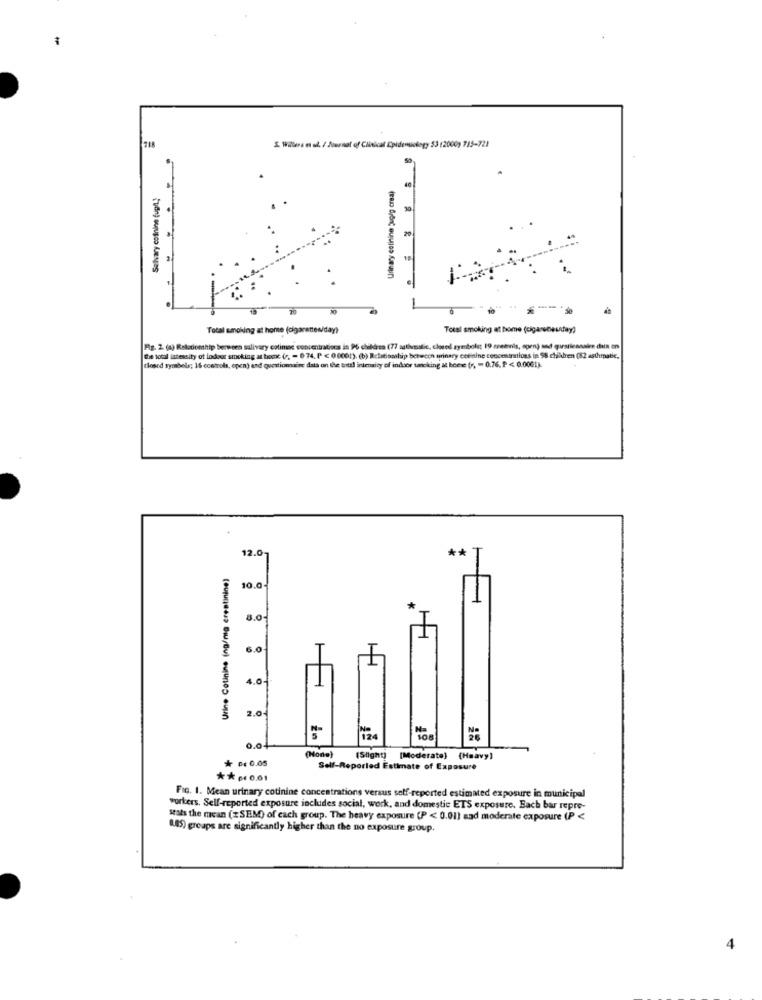
718
S. Willers m .l. / Journal of Clinical Epidemiology 53 (2000) 715-721
Salvary colinine fup !!!
Urinary colinino "volg crea)
. . ..
.
Total smoking at home (cigarettes/day)
Total smoking at home (ciganosneuday)
Fig. 2. (a) Relationship berween salivary coliniac concentrations in 96 children (77 sathenslic, closed symbolet 19 remis, open) and questicanalen dus on
The total latessity ot indoor smoking at home (7, - 0 74, P < 0 0001), (b) Relationship between urinary corinine conceitrations in 58 children (52 asthmatic,
closed symbols; 16 controls, open) and questionaire data on the total intensity of indoor tanoking & bone (r, - 0.76, P < 0.0001).
**
12.0-
Urine Cotinine (ng/mg creatinine)
10.0
3.0
6.0
L
4.0
2.04
108
0.04
(Hona)
* 0 0.05
(Slight)
(Slight] [Moderate) (Heavy)
Self-Reported Estimate of Exposure
* * p0.61
Fig. 1. Mean urinary cotinine concentrations versus self-reported estimated exposure in municipal
workers. Self-reported exposure includes social, work, and domestic ETS exposure. Each bar repre-
seats the mean (zSEM) of each group. The heavy exposure (P < 0.01] sad moderate exposure (P <
1.45) groups are significantly higher than the no exposure group.